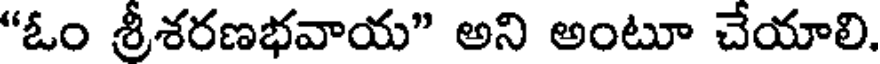
"ఓం శ్రీశరణభవాయ" అని అంటూ చేయాలి.